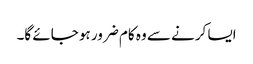
ایسا کرنے سے وہ کام ضرور ہو جائے گا۔